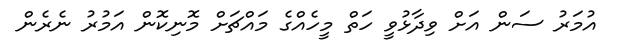
އުމަރު ސަން އަށް ވިދާޅުވީ ހަތް މީހެއްގެ މައްޗަށް މޮނިކޮން އަމުރު ނެރެން